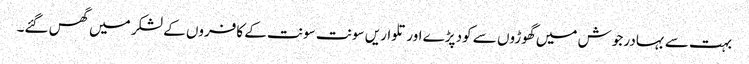
بہت سے بہادر جوش میں گھوڑوں سے کود پڑے اور تلواریں سونت سونت کے کافروں کے لشکر میں گھس گئے۔